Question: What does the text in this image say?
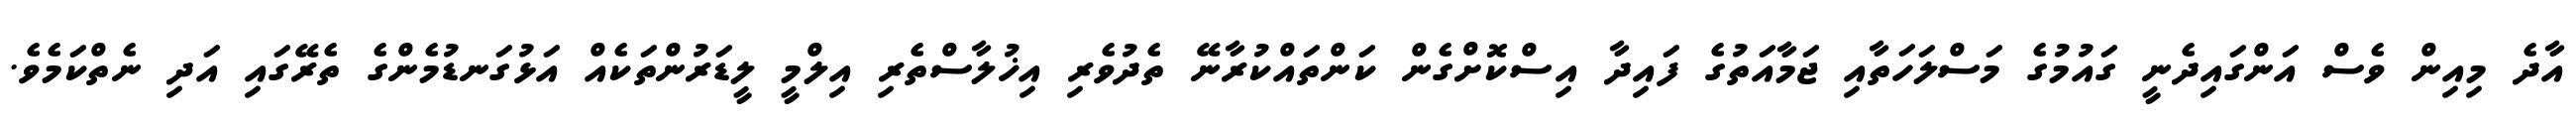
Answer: އާދެ މިއިން ވެސް އަންގައިދެނީ ގައުމުގެ މަސްލަހަތާއި ޖަމާއަތުގެ ފައިދާ އިސްކޮށްގެން ކަންތައްކުރާނޭ ތެދުވެރި އިޚުލާސްތެރި އިލްމީ ލީޑަރުންތަކެއް އަޅުގަނޑުމެންގެ ތެރޭގައި އަދި ނެތްކަމެވެ.